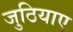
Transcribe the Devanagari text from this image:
जुठियाए